Report of an investigation of the epidemic of malarial fever in Assam, or, kala-azar
Disease focus: Malaria
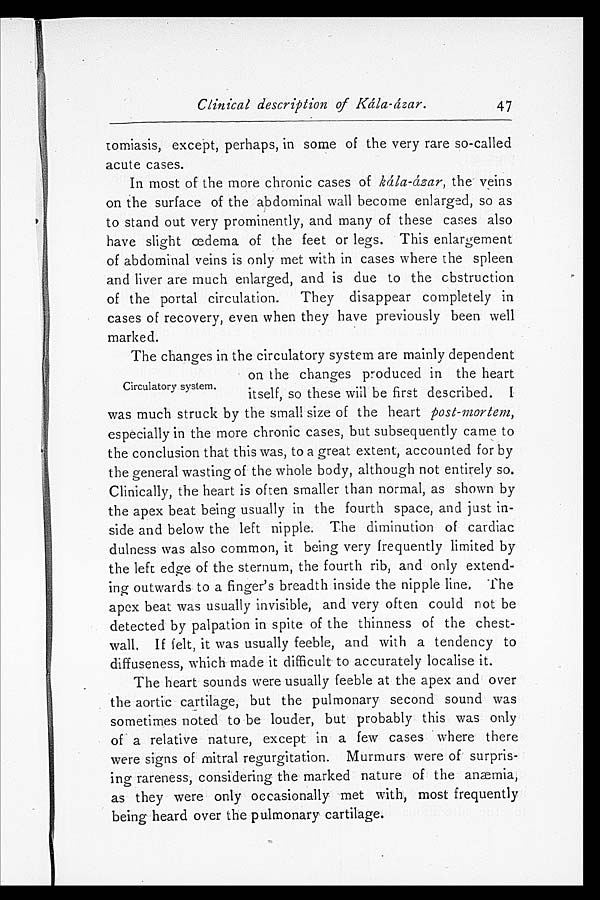
Clinical description of Kála-ázar.
47
tomiasis, except, perhaps, in some of the very rare so-called
acute cases.
In most of the more chronic cases of kála-ázar, the veins
on the surface of the abdominal wall become enlarged, so as
to stand out very prominently, and many of these cases also
have slight œdema of the feet or legs. This enlargement
of abdominal veins is only met with in cases where the spleen
and liver are much enlarged, and is due to the obstruction
of the portal circulation. They disappear completely in
cases of recovery, even when they have previously been well
marked.
The changes in the circulatory system are mainly dependent
on the changes produced in the heart
itself, so these will be first described. I
was mucn struck ny the small size of the heart post-mortem,
especially in the more chronic cases, but subsequently came to
the conclusion that this was, to a great extent, accounted for by
the general wasting of the whole body, although not entirely so.
Clinically, the heart is often smaller than normal, as shown by
the apex beat being usually in the fourth space, and just in
- s i d e a n d b e l o w t h e l e f t n i p p l e . T h e d i m i n u t i o n o f c a r d i a c
dulness was also common, it being very frequently limited by
the left edge of the sternum, the fourth rib, and only extend
- i n g o u t w a r d s t o a f i n g e r ' s b r e a d t h i n s i d e t h e n i p p l e l i n e . T h e
apex beat was usually invisible, and very often could not be
detected by palpation in spite of the thinness of the chest-
wall, If felt, it was usually feeble, and with a tendency to
diffuseness, which made it difficult to accurately localise it.
The heart sounds were usually seeble at the apex and over
the aortic cartilage, but the pulmonary second sound was
sometimes noted to be louder, but probably this was only
of a relative nature, except in a few cases where there
were signs of mitral regurgitation. Murmurs were of surpris
- i n g r a r e n e s s , c o n s i d e r i n g t h e m a r k e d n a t u r e o f t h e a n æ m i a ,
as they were only occasionally met with, most frequently
being heard over the pulmonary cartilage.
Circulatory system.